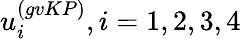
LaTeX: u_{i}^{(gvKP)},i=1,2,3,4